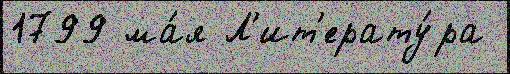
1799 ма́я Л'ит'ерату́ра